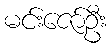
မင်းဇော်ဦး